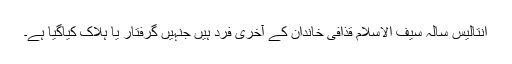
انتالیس سالہ سیف الاسلام قذافی خاندان کے آخری فرد ہیں جنہیں گرفتار یا ہلاک کیاگیا ہے۔